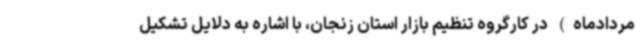
مردادماه) در کارگروه تنظیم بازار استان زنجان، با اشاره به دلایل تشکیل